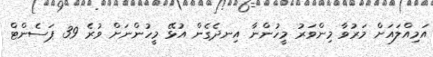
އަމިއްލައަށް މަރުވާ މިންވަރު މީހުންނާ އިނދެގެން އުޅޭ މީހުންނަށް ވުރެ 39 ޕަސެންޓް